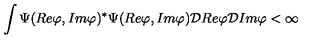
\int \Psi ( R e \varphi , I m \varphi ) ^ { \ast } \Psi ( R e \varphi , I m \varphi ) { \cal D } R e \varphi { \cal D } I m \varphi < \infty